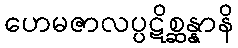
ဟေမဇာလပ္ပဋိစ္ဆန္နာနိ